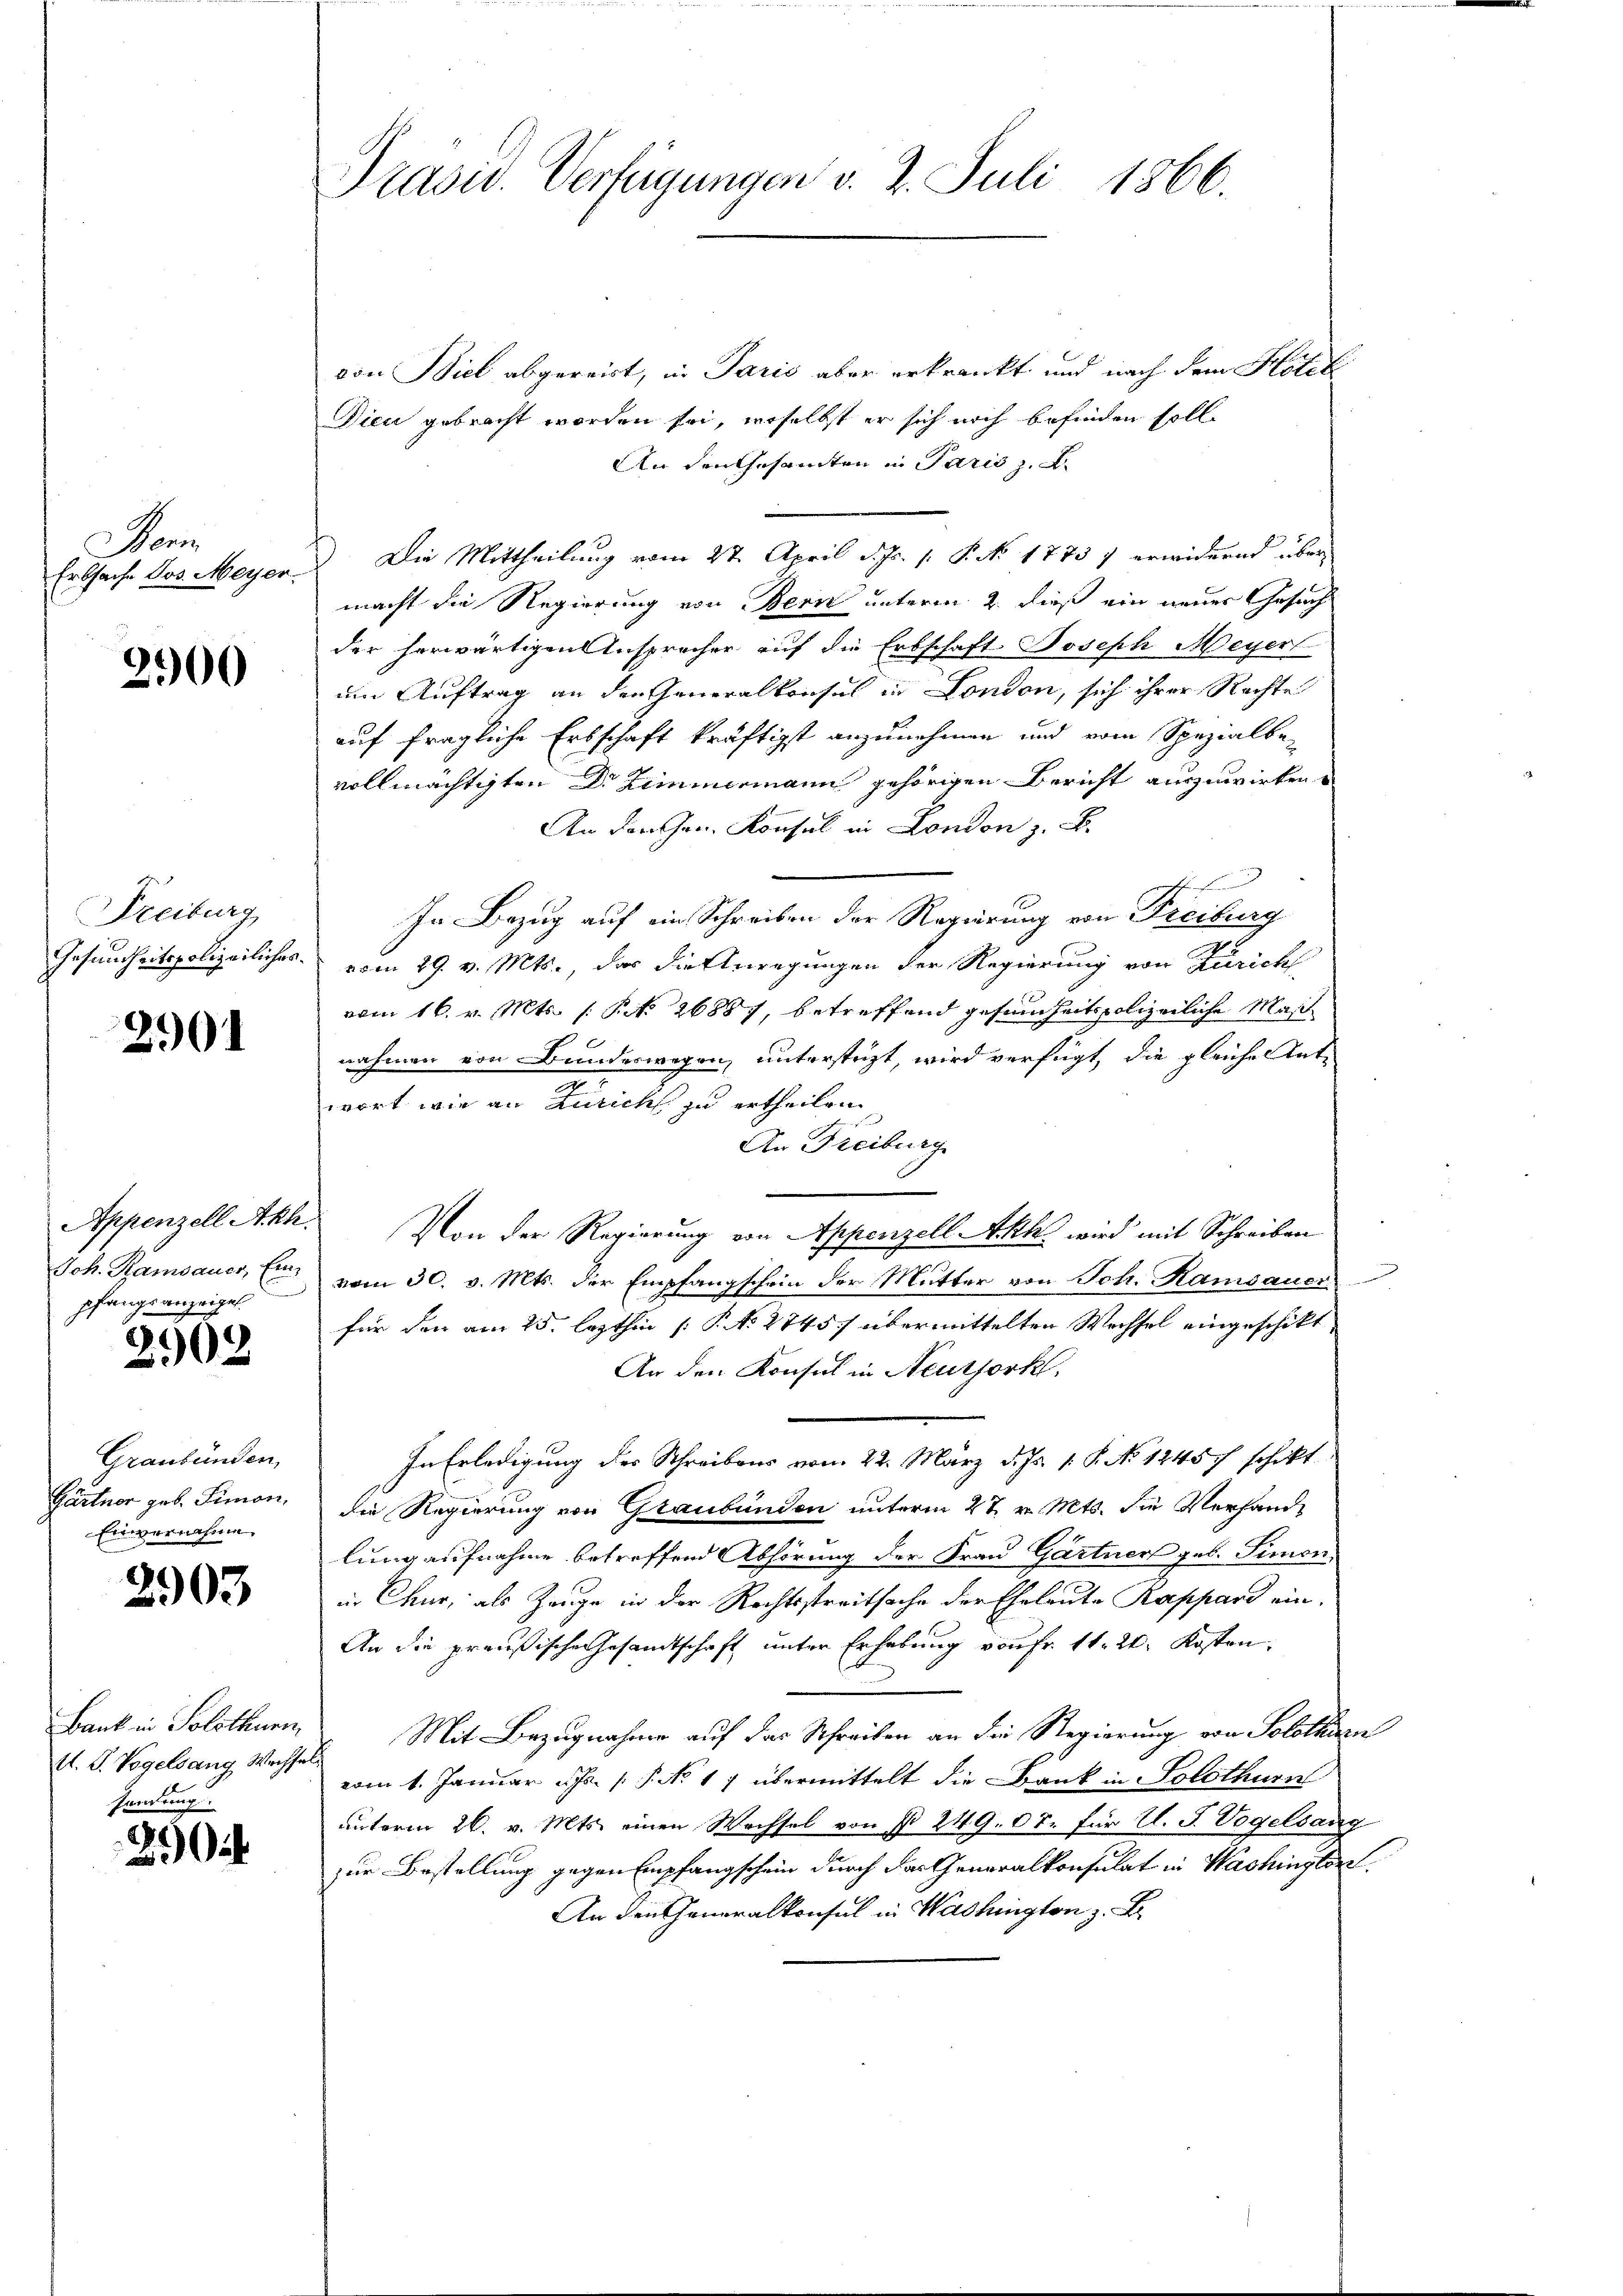
Nam
Erbsache Dos. Meyer.

2900

Freiburg
Gesundheitspolizeiliches

2901

Appenzell Akh.
Joh. Ramsauer, Ein
pfangsanzeigen

2902

Graubünden,
Gärtner geb. Simon,
Einvernahme.

e
203

Bank in Solothurn
A. G. Vogelsang Wechse
sendung.

2

Prasw. Verfügungen v. 2. Juli 1866.

von Biel abgereist, in Paris aber erkrankt und nach dem Hotel
Dieu gebracht worden sei, woselbst er sich noch befinden soll.
An den Gesamten in Paris z. B.
Die Mittheilung vom 2ten April d. Js. 1. P. No 1775 7 erwidernd übermacht die Regierung von Bern unterm 2. dieß ein neuer Gesuch
der herwärtigen Ansprecher auf die Erbschaft Joseph Meyerl
um Auftrag an den Generalkonsul in London, sich ihrer Rechte
auf fragliche Erbschaft kräftigst anzunehmen und vom Spezialbe-
vollmächtigten Dr Zimmermann gehörigen Bericht auszuwirken
An der Hrn. Konsul in London z. B.
In Bezug auf ein Schreiben der Regierung von Freiburg
 vom 29. v. Mts., das die Anregungen der Regierung von Zürichs
vom 16. v. Mts. 1 S. 26887, betreffend gesundheitspolizeiliche Maß
nahmen von Bundeswegen, unterstüzt, wird verfügt, die gleiche Ant-
wort wie an Zürich zu ertheilen.
s
An Freiburg
Von der Regierung von Appenzell Akk wird mit Schreiben
vom 30. v. Mts. der Empfangschein der Mutter von Joh. Kamsauer
für den am 25. lezthin [P. No 2745) übermittelten Wechsel eingeschikt,
An den Konsul in Neutjork,
In Erledigung des Schreibens vom 22. März d. Js. 1. P. No 1245 schikt
die Regierung von Graubünden unterm 27. v. Mts. die Verfande
lung aufnahme betreffend Abhörung der Frau Gärtner geb. Simon
in Chur, als Zeuge in der Rechtsstreitsache der Eheleute Rappard ein-
An die preußische Gesandtschaft unter Erhebung von Fr. 11. 20. Kosten,
 Mit Bezugnahme auf das Schreiben an die Regierung von Solothurn
vom 1. Januar d. Js. P. No 17 übermittelt die Bank in Solothurn
unterm 26. v. Mts. einen Wechsel von § 249. 00. für U. G. Vogelsang
zur Bestellung gegen Empfangschein durch der Generalkonsulat in Washingler
An den Generalkonsul in Washington z. B.